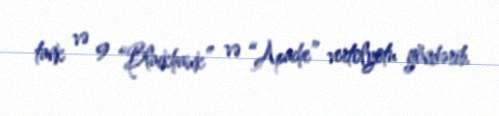
tank və 9 “Blackhawk” və “Apache” vertolyotu göndərib.